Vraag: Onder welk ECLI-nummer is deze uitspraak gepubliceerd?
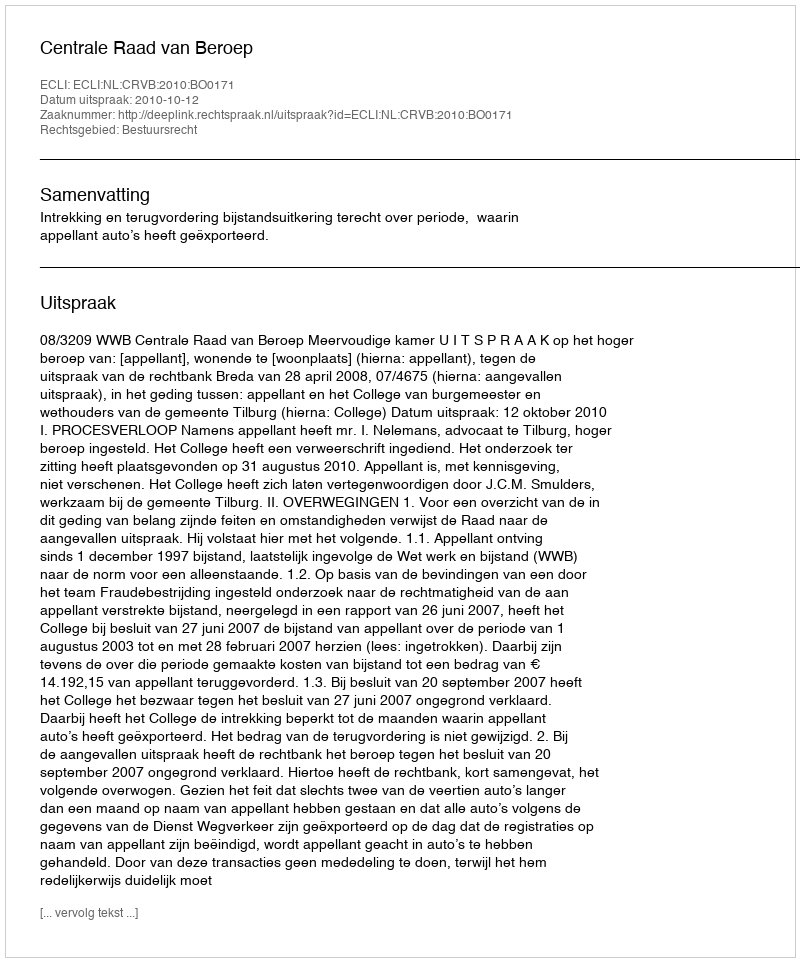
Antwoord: ECLI:NL:CRVB:2010:BO0171